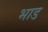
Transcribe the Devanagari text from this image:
भाड